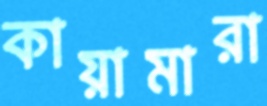
কায়ামারা